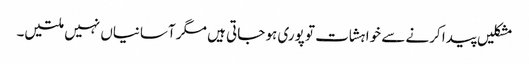
مشکلیں پیدا کرنے سے خواہشات تو پوری ہو جاتی ہیں مگر آسانیاں نہیں ملتیں۔